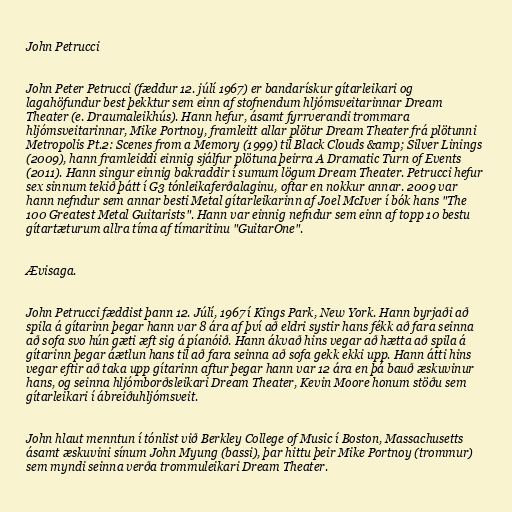
John Petrucci

John Peter Petrucci (fæddur 12. júlí 1967) er bandarískur gítarleikari og
lagahöfundur best þekktur sem einn af stofnendum hljómsveitarinnar Dream
Theater (e. Draumaleikhús). Hann hefur, ásamt fyrrverandi trommara
hljómsveitarinnar, Mike Portnoy, framleitt allar plötur Dream Theater frá plötunni
Metropolis Pt.2: Scenes from a Memory (1999) til Black Clouds &amp; Silver Linings
(2009), hann framleiddi einnig sjálfur plötuna þeirra A Dramatic Turn of Events
(2011). Hann singur einnig bakraddir í sumum lögum Dream Theater. Petrucci hefur
sex sinnum tekið þátt í G3 tónleikaferðalaginu, oftar en nokkur annar. 2009 var
hann nefndur sem annar besti Metal gítarleikarinn af Joel McIver í bók hans "The
100 Greatest Metal Guitarists". Hann var einnig nefndur sem einn af topp 10 bestu
gítartæturum allra tíma af tímaritinu "GuitarOne".

Ævisaga.

John Petrucci fæddist þann 12. Júlí, 1967 í Kings Park, New York. Hann byrjaði að
spila á gítarinn þegar hann var 8 ára af því að eldri systir hans fékk að fara seinna
að sofa svo hún gæti æft sig á píanóið. Hann ákvað hins vegar að hætta að spila á
gítarinn þegar áætlun hans til að fara seinna að sofa gekk ekki upp. Hann átti hins
vegar eftir að taka upp gítarinn aftur þegar hann var 12 ára en þá bauð æskuvinur
hans, og seinna hljómborðsleikari Dream Theater, Kevin Moore honum stöðu sem
gítarleikari í ábreiðuhljómsveit.

John hlaut menntun í tónlist við Berkley College of Music í Boston, Massachusetts
ásamt æskuvini sínum John Myung (bassi), þar hittu þeir Mike Portnoy (trommur)
sem myndi seinna verða trommuleikari Dream Theater.